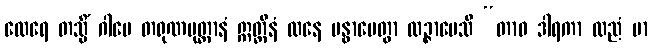
ထေရေ တသ္မိံ ဂါမေ တရုဏပုတ္တာနံ ဣတ္ထီနံ ထနေ ဗန္ဓာပေတွာ လဉ္ဇာပေသိ “တာဝ ဒါရကာ ထညံ မာ